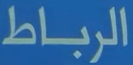
الرباط